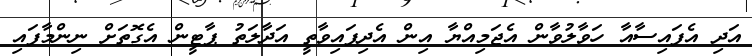
އަދި އެފައިސާއާ ހަވާލުވާން އެޖަމިއްޔާ އިން އެދިފައިވާތީ އަދާލަތު ޕާޓީން އެގޮތަށް ނިންމާފައި